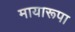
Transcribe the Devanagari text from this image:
मायारूपा